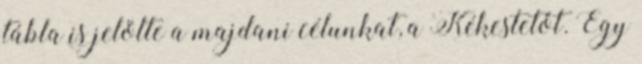
tábla is jelölte a majdani célunkat, a Kékestetőt. Egy